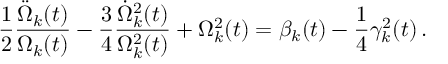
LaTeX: \frac { 1 } { 2 } \frac { \ddot { \Omega } _ { k } ( t ) } { \Omega _ { k } ( t ) } - \frac { 3 } { 4 } \frac { \dot { \Omega } _ { k } ^ { 2 } ( t ) } { \Omega _ { k } ^ { 2 } ( t ) } + \Omega _ { k } ^ { 2 } ( t ) = \beta _ { k } ( t ) - \frac { 1 } { 4 } \gamma _ { k } ^ { 2 } ( t ) \, .